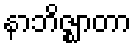
နာဘိဇ္ဈာတာ